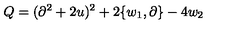
Q = ( \partial ^ { 2 } + 2 u ) ^ { 2 } + 2 \{ w _ { 1 } , \partial \} - 4 w _ { 2 }